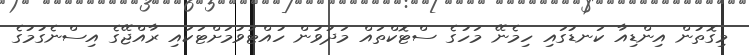
މިގޮތުން އިންޑިއާ ކަނޑުގައި ހިމެނޭ މަހުގެ ސްޓޮކްތައް މަދުވުން ހުއްޓުވުމަށްޓަކައި ރާއްޖޭގެ އިސްނެގުމުގެ